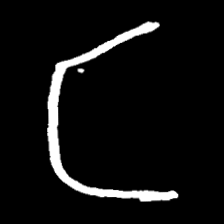
Pyu character \u2014 Myanmar letter: င (romanized: nga)